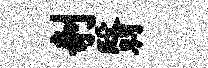
剞翳